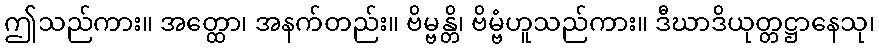
ဤသည်ကား။ အတ္ထော၊ အနက်တည်း။ ဗိမ္ဗန္တိ၊ ဗိမ္ဗံဟူသည်ကား။ ဒီဃာဒိယုတ္တဋ္ဌာနေသု၊